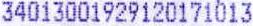
34013001929120171013